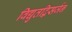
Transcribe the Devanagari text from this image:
विद्युतद्विसर्जन